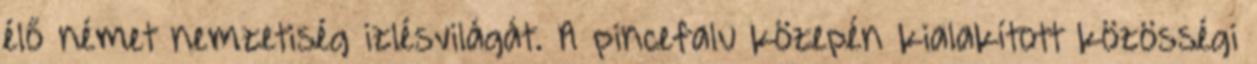
élő német nemzetiség izlésvilágát. A pincefalu közepén kialakított közösségi